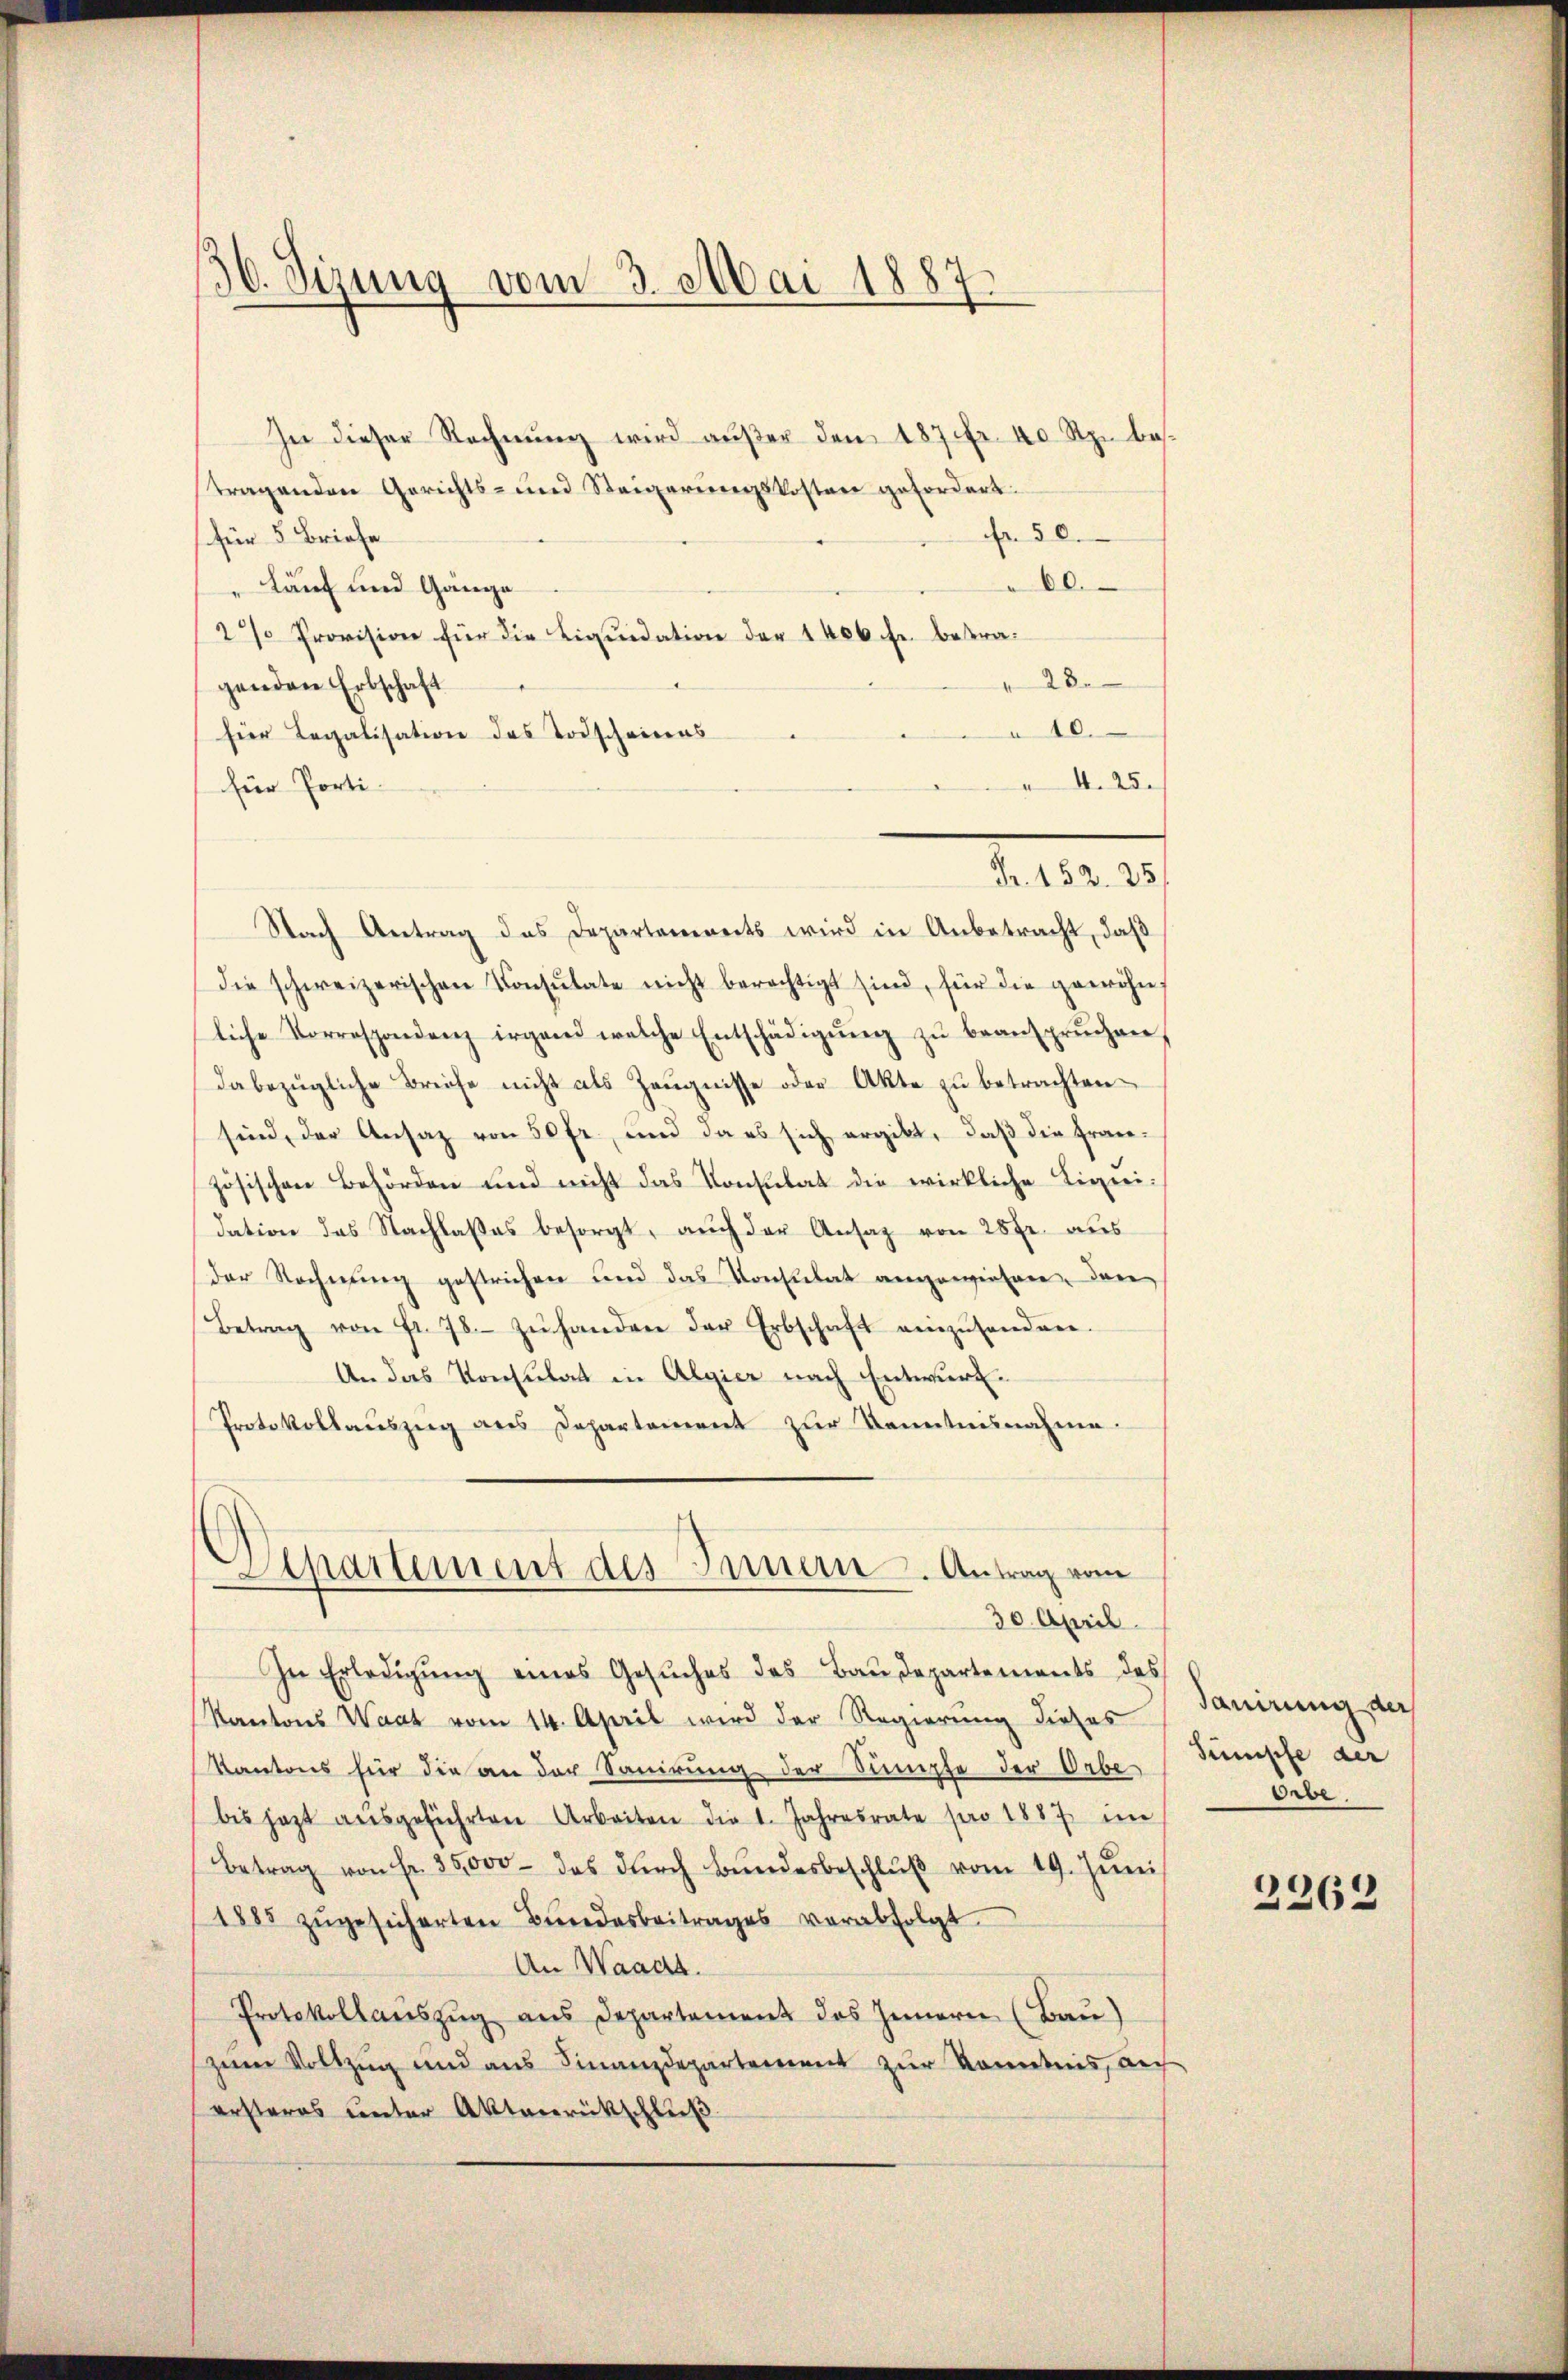
36. Sizung vom 3. Mai 1887.
d

In dieser Rechnŭng wird außer den 187 Fr. 40 Rp. bestragenden Gerichts- und Steigerungskosten gefordert.
Nr. 50.
für 5 Briefe
60.
Lauf und Gänge
2% Provision für die Liquidation der 1406 fr. betra¬
28.
genden Erbschaft
 10.
für Legalisation des Todscheines
A. 25.
für Porti-
Nach Antrag des Departements wird in Anbetracht, daß
die schweizerischen Konsŭtate nicht berechtigt sind, für die gewöhn
liche Vorrespondenz irgend welche Entschädigŭng zŭ beansprŭchen,
dabezügliche Briefe nicht als Zeŭgnisse oder Akte zu betrachten
sind, der Ansaz von 50 fr., und da es sich ergibt, daß die französischen Behörden und nicht das Konsulat die wirkliche Ligeeidation des Nachlaßes besorgt, auch der Ansag von 25 fr. aus
der Rechnung gestrichen und das Konstitat angewiesen. Dan
Betrag von fr. 78. zŭ handere der Erbschaft einzŭhanden.
An das Konsulat in Algier nach Entwurf.
Protokollauszug aus Departement zur Kenntnisnahme.
Departement des Innern. Antrag vom
30. April.
In Erledigŭng eines Gesŭches des Baŭdepartements des
Kantons Waat vom 14. April wird der Regierung dieses
Kantons für die an der Sanirung der Sumpfe der Orbe
bis jetzt aŭsgeführten Arbeiten die 1. Jahresrate pro 1887 im Erbe
Betrag von Fr. 35,000 - das dŭrch Bŭndesbeschlŭβ vom 19. Jŭni
1885 zŭgesicherten Bŭndesbeitrages verabfolgt.
An Waadt.
Protokollauszug aus Departement des Innern (Bau)
zum Vollzug und aus Finanzdepartement zur Kenntnis, auf
ersteres unter Aktenrückschluß

M. 1

Tauirung der
Sumpfe der

2262